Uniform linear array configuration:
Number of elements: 16
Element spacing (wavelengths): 1
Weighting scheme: uniform
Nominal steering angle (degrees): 60
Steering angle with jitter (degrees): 59.6
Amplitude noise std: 0.05
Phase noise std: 0.05

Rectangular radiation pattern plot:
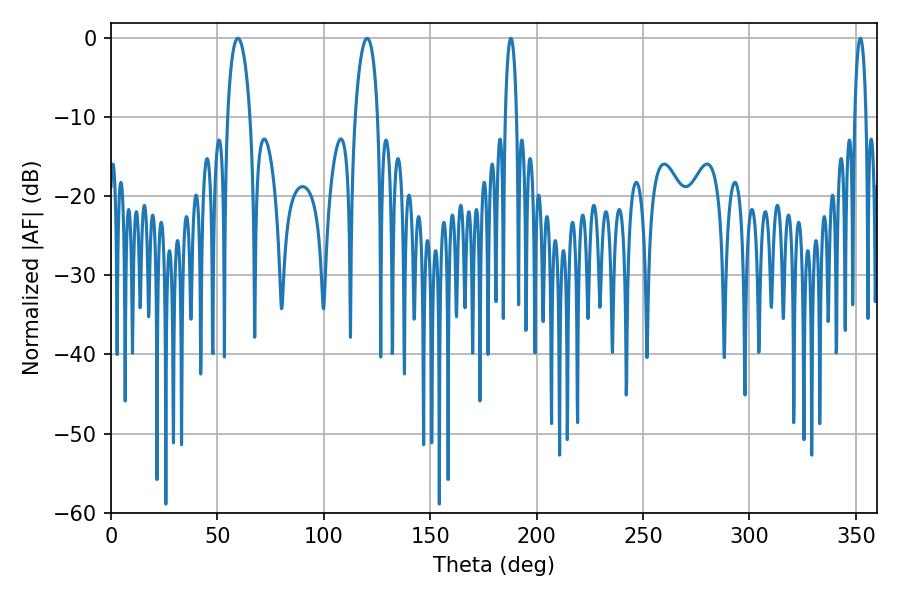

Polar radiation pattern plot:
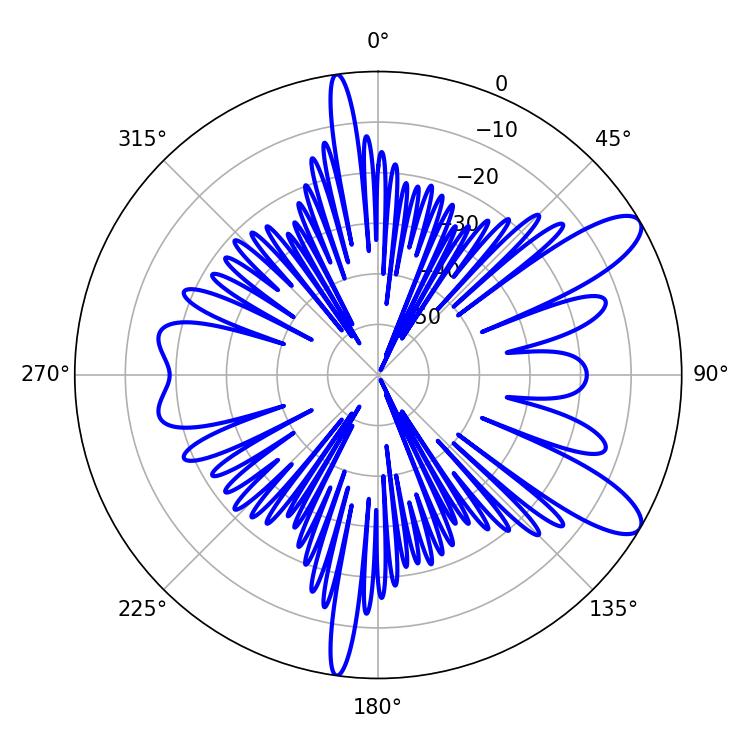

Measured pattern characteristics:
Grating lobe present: TRUE
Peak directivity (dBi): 10.458
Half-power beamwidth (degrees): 6.12
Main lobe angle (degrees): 59.58